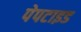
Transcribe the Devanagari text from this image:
पेपटाइड